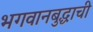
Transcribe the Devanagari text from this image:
भगवानबुद्धाची